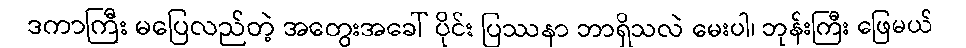
ဒကာကြီး မပြေလည်တဲ့ အတွေးအခေါ် ပိုင်း ပြဿနာ ဘာရှိသလဲ မေးပါ၊ ဘုန်းကြီး ဖြေမယ်